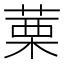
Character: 䔁